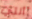
ألتي